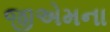
જીએમના